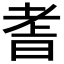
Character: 𮋝